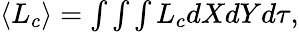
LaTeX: \begin{array}{r}{\langle L_{c}\rangle=\int\int\int L_{c}dXdYd\tau,}\end{array}